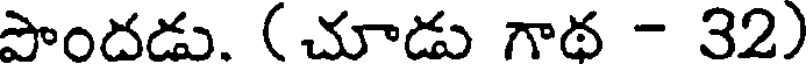
పొందడు. ( చూడు గాథ - 32)